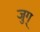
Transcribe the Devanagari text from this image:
जुग्